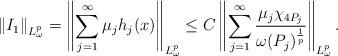
LaTeX: \begin{align*}\left \|\uppercase\expandafter{\romannumeral1}_{1}\right \|_{L_{\omega}^{p}}=\left \|\sum\limits_{j=1}^{\infty}\mu_{j}h_{j}(x)\right \|_{L_{\omega}^{p}}\leq C\left \|\sum\limits_{j=1}^{\infty}\frac{\mu_{j}\chi_{4P_{j}}}{\omega(P_{j})^{\frac{1}{p}}}\right \|_{L_{\omega}^{p}}.\end{align*}